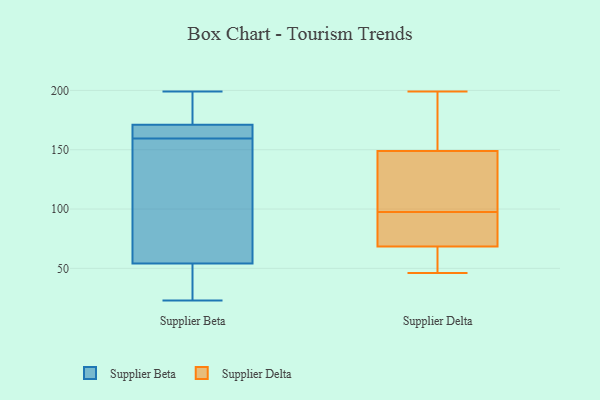
{"axis": {"x": "Population (Million)", "y": "Value"}, "legend": ["Supplier Beta", "Supplier Delta"], "data": [{"x": "", "y": 162, "type": "Supplier Beta"}, {"x": "", "y": 186, "type": "Supplier Beta"}, {"x": "", "y": 199, "type": "Supplier Beta"}, {"x": "", "y": 80, "type": "Supplier Beta"}, {"x": "", "y": 27, "type": "Supplier Beta"}, {"x": "", "y": 69, "type": "Supplier Beta"}, {"x": "", "y": 23, "type": "Supplier Beta"}, {"x": "", "y": 37, "type": "Supplier Beta"}, {"x": "", "y": 195, "type": "Supplier Beta"}, {"x": "", "y": 129, "type": "Supplier Beta"}, {"x": "", "y": 38, "type": "Supplier Beta"}, {"x": "", "y": 157, "type": "Supplier Beta"}, {"x": "", "y": 39, "type": "Supplier Beta"}, {"x": "", "y": 165, "type": "Supplier Beta"}, {"x": "", "y": 162, "type": "Supplier Beta"}, {"x": "", "y": 169, "type": "Supplier Beta"}, {"x": "", "y": 165, "type": "Supplier Beta"}, {"x": "", "y": 173, "type": "Supplier Beta"}, {"x": "", "y": 77, "type": "Supplier Beta"}, {"x": "", "y": 199, "type": "Supplier Beta"}, {"x": "", "y": 151, "type": "Supplier Delta"}, {"x": "", "y": 57, "type": "Supplier Delta"}, {"x": "", "y": 93, "type": "Supplier Delta"}, {"x": "", "y": 81, "type": "Supplier Delta"}, {"x": "", "y": 172, "type": "Supplier Delta"}, {"x": "", "y": 120, "type": "Supplier Delta"}, {"x": "", "y": 46, "type": "Supplier Delta"}, {"x": "", "y": 64, "type": "Supplier Delta"}, {"x": "", "y": 104, "type": "Supplier Delta"}, {"x": "", "y": 60, "type": "Supplier Delta"}, {"x": "", "y": 147, "type": "Supplier Delta"}, {"x": "", "y": 165, "type": "Supplier Delta"}, {"x": "", "y": 102, "type": "Supplier Delta"}, {"x": "", "y": 196, "type": "Supplier Delta"}, {"x": "", "y": 74, "type": "Supplier Delta"}, {"x": "", "y": 68, "type": "Supplier Delta"}, {"x": "", "y": 144, "type": "Supplier Delta"}, {"x": "", "y": 199, "type": "Supplier Delta"}, {"x": "", "y": 92, "type": "Supplier Delta"}, {"x": "", "y": 69, "type": "Supplier Delta"}]}